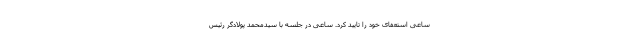
ساعی استعفای خود را تایید کرد. ساعی در جلسه با سیدمحمد پولادگر رئیس